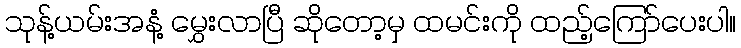
သုန့်ယမ်းအနံ့ မွှေးလာပြီ ဆိုတော့မှ ထမင်းကို ထည့်ကြော်ပေးပါ။